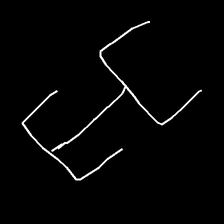
Glyph: entwine